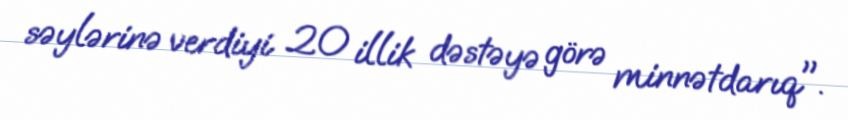
səylərinə verdiyi 20 illik dəstəyə görə minnətdarıq".